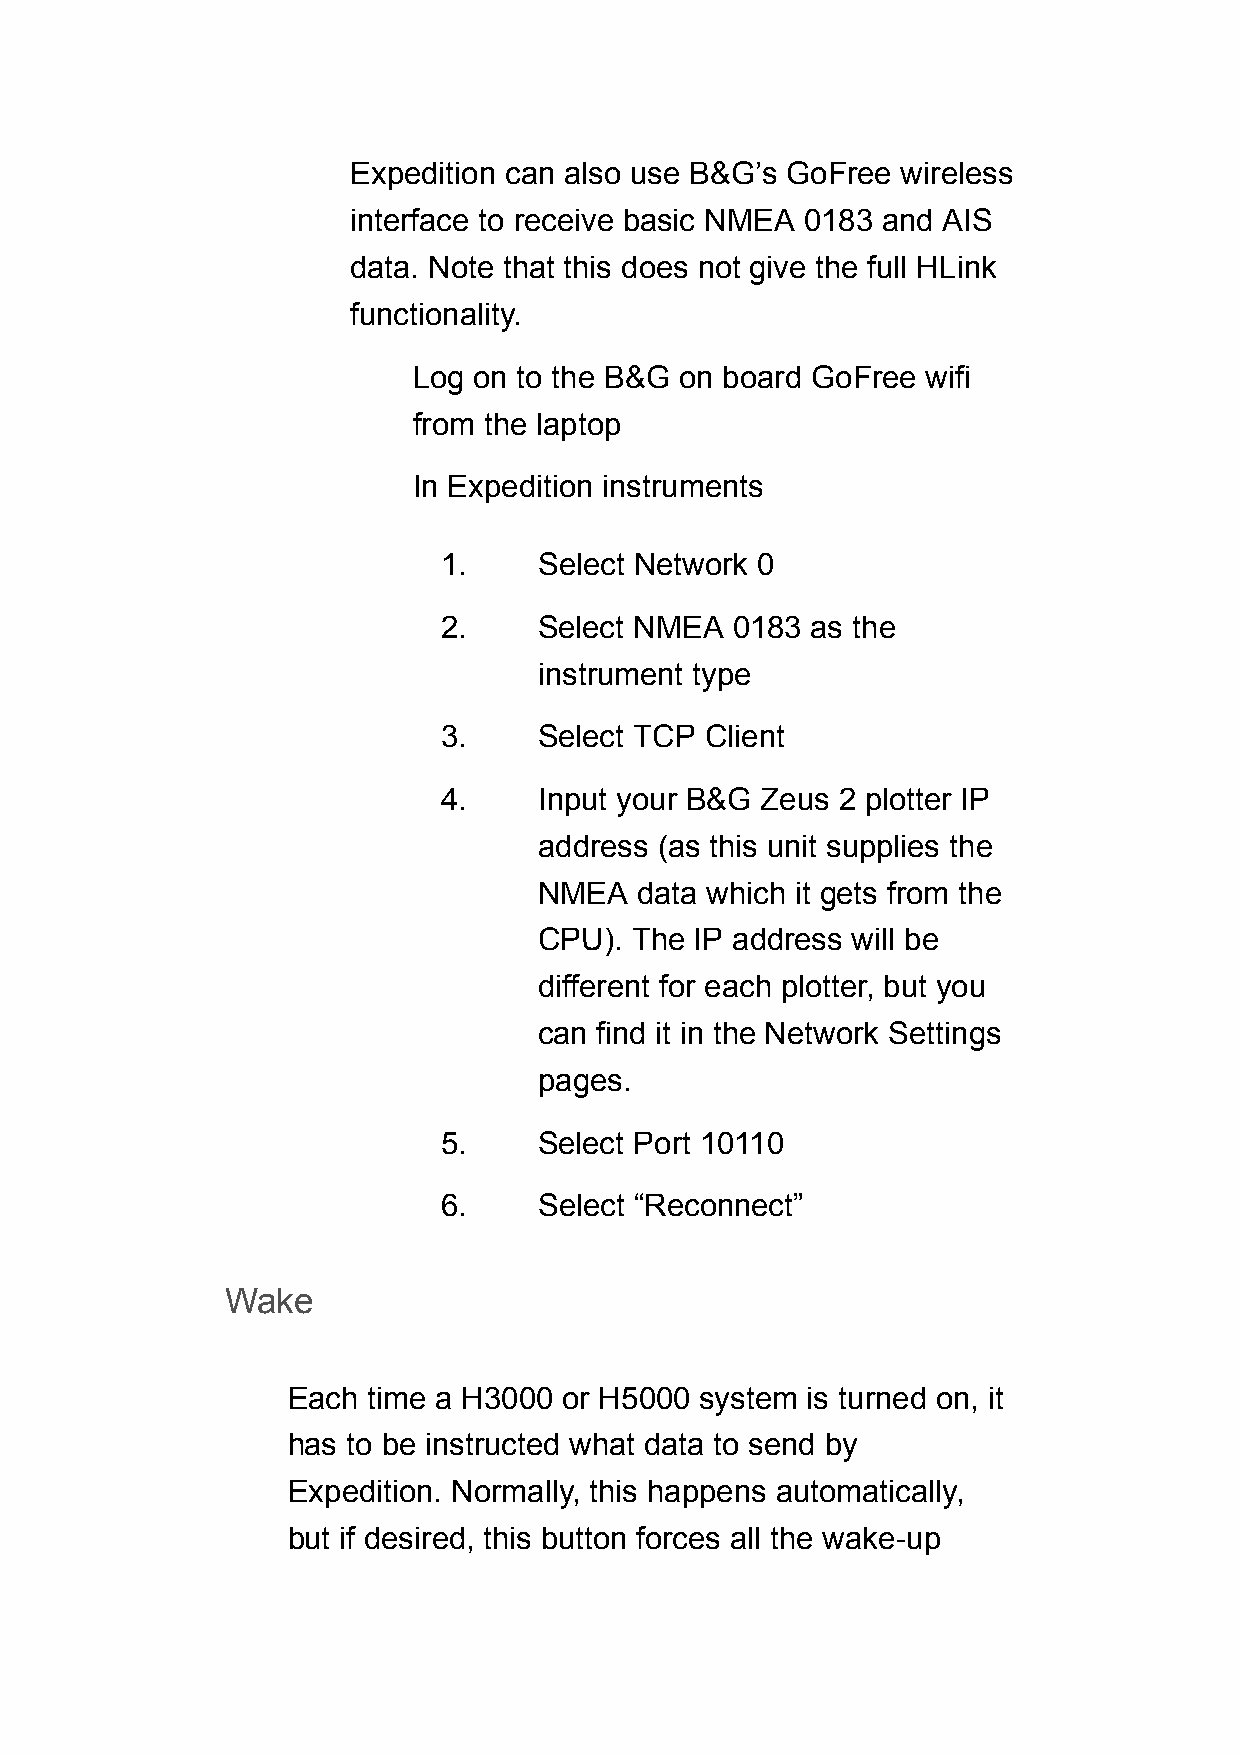
Expedition can also use B&G’s GoFree wireless
 interface to receive basic NMEA 0183 and AIS
 data. Note that this does not give the full HLink
 functionality.
 Log on to the B&G on board GoFree wifi
 from the laptop
 In Expedition instruments
 1.     Select Network 0
 2.     Select NMEA 0183  as the
 instrument type
 3.     Select TCP Client
 4.     Input your B&G Zeus 2 plotter IP
 address (as this unit supplies the
 NMEA  data which it gets from the
 CPU). The IP address will be
 different for each plotter, but you
 can find it in the Network Settings
 pages.
 5.     Select Port 10110
 6.     Select “Reconnect”
 Wake
 Each time a H3000 or H5000 system is turned on, it
 has to be instructed what data to send by
 Expedition. Normally, this happens automatically,
 but if desired, this button forces all the wake-up